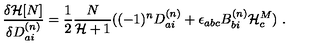
\frac { { \delta } { \cal H } [ N ] } { { \delta } D _ { a i } ^ { ( n ) } } = \frac { 1 } { 2 } \frac { N } { { \cal H } + 1 } ( ( - 1 ) ^ { n } D _ { a i } ^ { ( n ) } + { \epsilon } _ { a b c } B _ { b i } ^ { ( n ) } { \cal H } _ { c } ^ { M } ) \ .